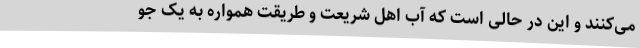
می‌کنند و این در حالی است که آبِ اهل شریعت و طریقت همواره به یک جو